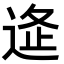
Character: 𨓧